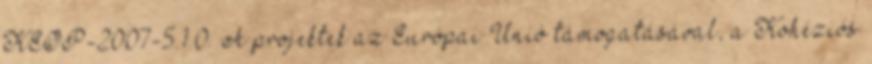
KEOP-2007-5.1.0. A projektek az Európai Unió támogatásával, a Kohéziós